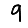
Digit: 9